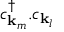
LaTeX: c _ { \mathbf { k } _ { m } } ^ { \dagger } . c _ { \mathbf { k } _ { l } }